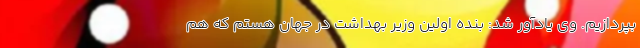
بپردازیم. وی یادآور شد: بنده اولین وزیر بهداشت در جهان هستم که هم